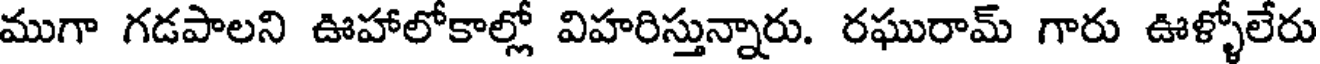
ముగా గడపాలని ఊహాలోకాల్లో విహరిస్తున్నారు. రఘురామ్ గారు ఊళ్ళోలేరు